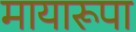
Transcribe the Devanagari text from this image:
मायारूपा